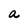
Character: a